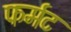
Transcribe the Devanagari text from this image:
फर्मट